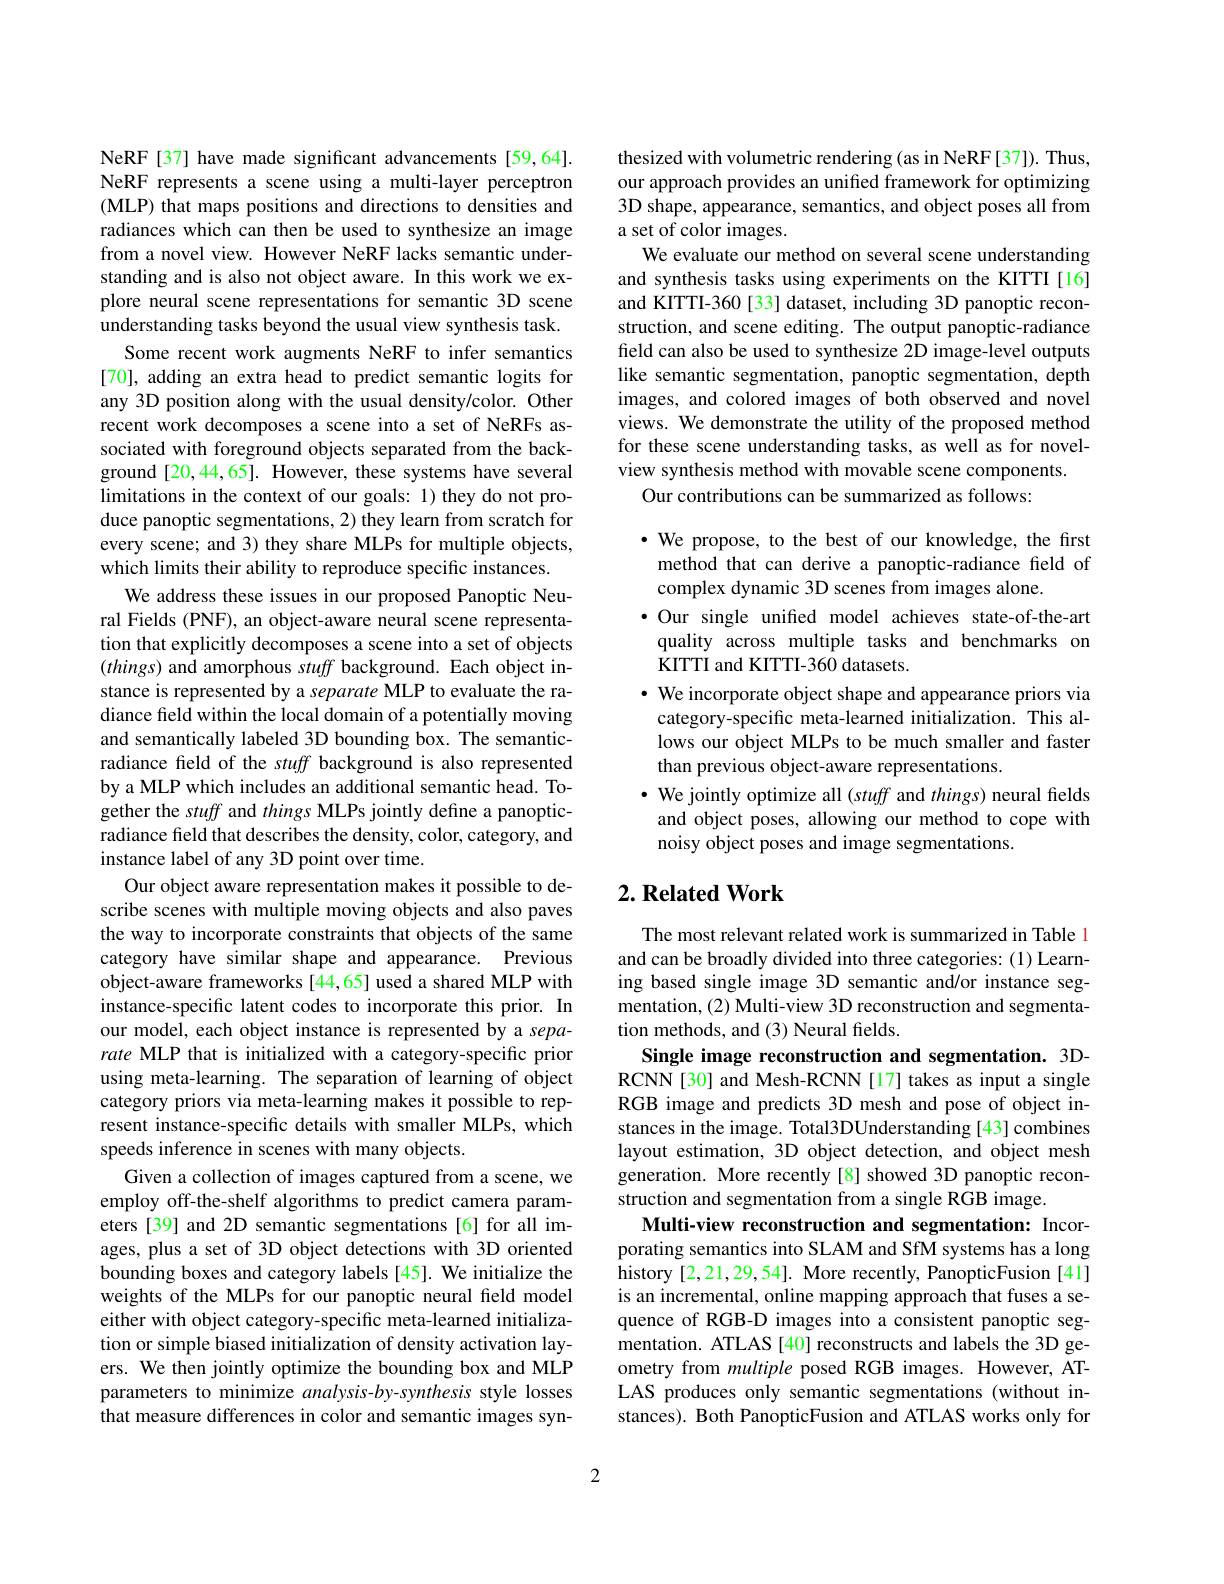
NeRF [37] have made significant advancements [59,64]. NeRF represents a scene using a multi-layer perceptron (MLP) that maps positions and directions to densities and radiances which can then be used to synthesize an image from a novel view. However NeRF lacks semantic understanding and is also not object aware. In this work we explore neural scene representations for semantic 3D scene understanding tasks beyond the usual view synthesis task.
Some recent work augments NeRF to infer semantics [70], adding an extra head to predict semantic logits for any 3D position along with the usual density/color. Other recent work decomposes a scene into a set of NeRFs associated with foreground objects separated from the background [20,44,65]. However, these systems have several limitations in the context of our goals: 1) they do not produce panoptic segmentations, 2) they learn from scratch for every scene; and 3) they share MLPs for multiple objects, which limits their ability to reproduce specific instances.
We address these issues in our proposed Panoptic Neural Fields (PNF), an object-aware neural scene representation that explicitly decomposes a scene into a set of objects $(things)$ and amorphous stuff background. Each object instance is represented by a separate MLP to evaluate the radiance feld within the local domain of a potentially moving and semantically labeled 3D bounding box. The semanticradiance feld of the stuff background is also represented by a MLP which includes an additional semantic head. Together the stuff and things MLPs jointly define a panopticradiance feld that describes the density, color, category, and instance label of any 3D point over time.
Our object aware representation makes it possible to describe scenes with multiple moving objects and also paves the way to incorporate constraints that objects of the same category have similar shape and appearance. Previous object-aware frameworks [44,65] used a shared MLP with instance-specific latent codes to incorporate this prior. In our model, each object instance is represented by a separate MLP that is initialized with a category-specific prior using meta-learning. The separation of learning of object category priors via meta-learning makes it possible to represent instance-specific details with smaller MLPs, which speeds inference in scenes with many objects.
Given a collection of images captured from a scene, we employ off-the-shelf algorithms to predict camera parameters [39] and 2D semantic segmentations [6] for all images, plus a set of 3D object detections with 3D oriented bounding boxes and category labels [45]. We initialize the weights of the MLPs for our panoptic neural field model either with object category-specific meta-learned initialization or simple biased initialization of density activation layers. We then jointly optimize the bounding box and MLP parameters to minimize analysis-by-synthesis style losses that measure differences in color and semantic images syn-

thesized with volumetric rendering (as in NeRF[37]). Thus, our approach provides an unified framework for optimizing 3D shape, appearance, semantics, and object poses all from a set of color images.
We evaluate our method on several scene understanding and synthesis tasks using experiments on the KITTI[16] and KITTI-360[33] dataset, including 3D panoptic reconstruction, and scene editing. The output panoptic-radiance field can also be used to synthesize 2D image-level outputs like semantic segmentation, panoptic segmentation, depth images, and colored images of both observed and novel views. We demonstrate the utility of the proposed method for these scene understanding tasks, as well as for novelview synthesis method with movable scene components.
Our contributions can be summarized as follows:

·We propose, to the best of our knowledge, the first
method that can derive a panoptic-radiance field of
complex dynamic 3D scenes from images alone.
·Our single unified model achieves state-of-the-art
quality across multiple tasks and benchmarks on
KITTI and KITTI-360 datasets.
$\cdot$ We incorporate object shape and appearance priors via category-specific meta-learned initialization. This allows our object MLPs to be much smaller and faster than previous object-aware representations.
$\bullet$ We jointly optimize all (stuff and things) neural fields and object poses, allowing our method to cope with noisy object poses and image segmentations.

## $2. \textbf{Related Work}$

The most relevant related work is summarized in Table 1 and can be broadly divided into three categories: (1) Learning based single image 3D semantic and/or instance segmentation, (2) Multi-view 3D reconstruction and segmentation methods, and (3) Neural fields.
Single image reconstruction and segmentation. 3DRCNN[30] and Mesh-RCNN[17] takes as input a single RGB image and predicts 3D mesh and pose of object instances in the image. Total3DUnderstanding[43]combines layout estimation, 3D object detection, and object mesh generation. More recently [8] showed 3D panoptic reconstruction and segmentation from a single RGB image.
Multi-view reconstruction and segmentation: Incorporating semantics into SLAM and SfM systems has a long history [2,21,29,54]. More recently, PanopticFusion [41] is an incremental, online mapping approach that fuses a sequence of RGB-D images into a consistent panoptic segmentation. ATLAS [40] reconstructs and labels the 3D geometry from multiple posed RGB images. However, ATLAS produces only semantic segmentations (without instances). Both PanopticFusion and ATLAS works only for

2